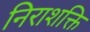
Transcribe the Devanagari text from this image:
निराशक्ति